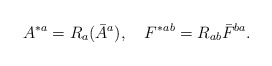
\begin{align*}A^{*a}=R_a(\bar A^a),\quad F^*{}^{ab}=R_{ab}\bar F^{ba}.\end{align*}